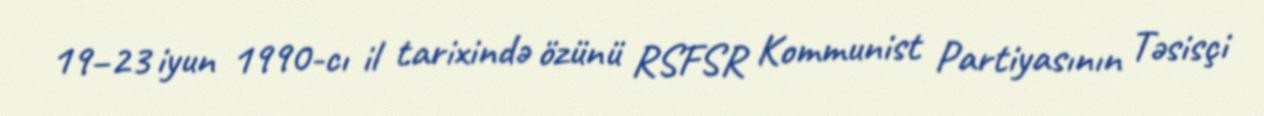
19–23 iyun 1990-cı il tarixində özünü RSFSR Kommunist Partiyasının Təsisçi